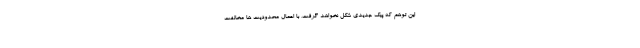
این توهم که پیک جدیدی شکل نخواهد گرفت، با اعمال محدودیت ها مخالفت